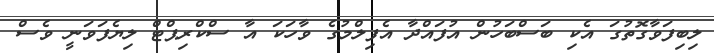
ލިބިފަވާގޮތުގަ އެކި ބަސްބަހުން އުފައްދާ އެފިލްމުގެ ވާހަކަ އާ ސްކްރިޕްޓް ލިޔެފަވަނީ ވެސް